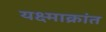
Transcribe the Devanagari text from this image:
यक्ष्माक्रांत